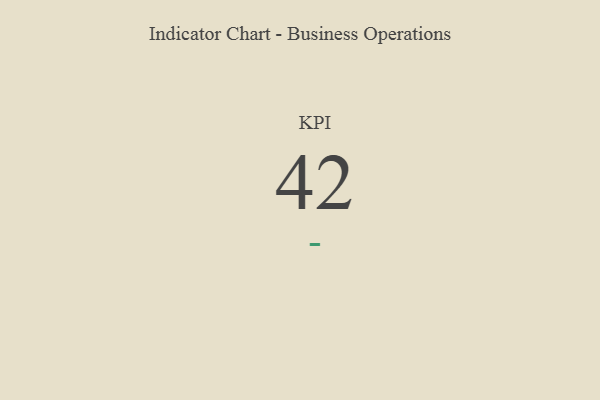
{"axis": {"x": "KPI", "y": "Value"}, "legend": [""], "data": [{"x": "KPI", "y": 42, "type": ""}]}